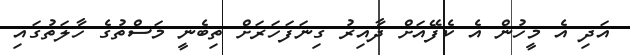
އަދި އެ މީހުން އެ ކެފޭއަށް ދާއިރު ގިނަފަހަރަަށް ތިބެނީ މަސްތުގެ ހާލަތުގައި